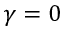
\gamma = 0